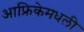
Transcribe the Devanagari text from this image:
आफ्रिकेमधली